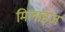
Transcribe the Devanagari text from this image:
मिलाइज़